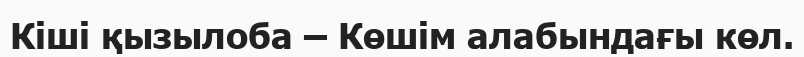
Кіші қызылоба – Көшім алабындағы көл.